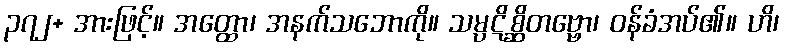
၃၇၂+ အားဖြင့်။ အတ္ထော၊ အနက်သဘောကို။ သမ္ပဋိစ္ဆိတဗ္ဗော၊ ဝန်ခံအပ်၏။ ဟိ၊